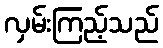
လှမ်းကြည့်သည်